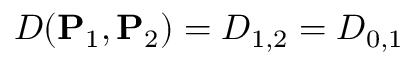
D ( \mathbf { P } _ { 1 } , \mathbf { P } _ { 2 } ) = D _ { 1 , 2 } = D _ { 0 , 1 }